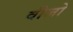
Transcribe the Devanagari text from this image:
वीजो